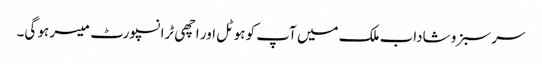
سر سبز و شاداب ملک میں آپ کو ہوٹل اور اچھی ٹرانسپورٹ میسر ہو گی۔